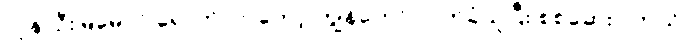
လူနာဦးမြမောင် ရောက်လာတော့ ကျွန်တော် လက်ခံယူပြီး စစ်ဆေးပါတယ်။